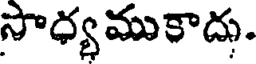
సాధ్యముకాదు.